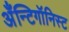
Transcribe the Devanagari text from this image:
अँन्टिगॉनिस्ट